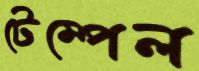
টেম্পেল